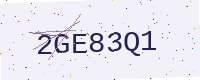
Text: 2GE83Q1